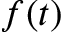
f ( t )